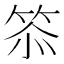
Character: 𮅌